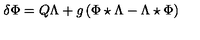
\delta \Phi = Q \Lambda + g \left( \Phi \star \Lambda - \Lambda \star \Phi \right)